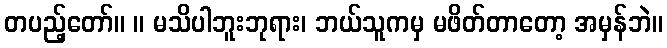
တပည့်တော်။ ။ မသိပါဘူးဘုရား၊ ဘယ်သူကမှ မဖိတ်တာတော့ အမှန်ဘဲ။